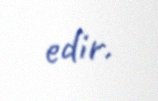
edir.